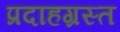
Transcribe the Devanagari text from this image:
प्रदाहग्रस्त